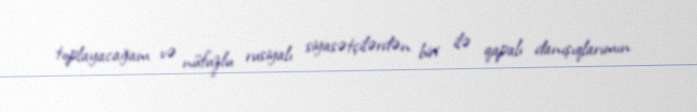
toplayacağam və nüfuzlu rusiyalı siyasətçilərdən biri ilə qapalı danışıqlarımın